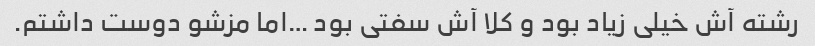
رشته آش خیلی زیاد بود و کلا آش سفتی بود …اما مزشو دوست داشتم.